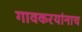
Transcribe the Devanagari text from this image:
गावकरयांनाच